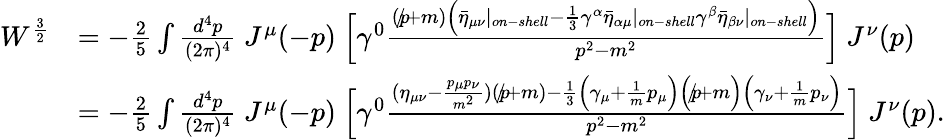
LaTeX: {\begin{array}{rl}{W^{\frac{3}{2}}}&{=-{\frac{2}{5}}\int{\frac{d^{4}p}{(2\pi)^{4}}}~J^{\mu}(-p)~{\Big[}\gamma^{0}{\frac{(p\! \! \! /+m){\Big(}{\bar{\eta}}_{\mu\nu}|_{on-shell}-{\frac{1}{3}}\gamma^{\alpha}{\bar{\eta}}_{\alpha\mu}|_{on-shell}\gamma^{\beta}{\bar{\eta}}_{\beta\nu}|_{on-shell}{\Big)}}{p^{2}-m^{2}}}{\Big]}~J^{\nu}(p)}\\ &{=-{\frac{2}{5}}\int{\frac{d^{4}p}{(2\pi)^{4}}}~J^{\mu}(-p)~{\Big[}\gamma^{0}{\frac{(\eta_{\mu\nu}-{\frac{p_{\mu}p_{\nu}}{m^{2}}})(p\! \! \! /+m)-{\frac{1}{3}}{\Big(}\gamma_{\mu}+{\frac{1}{m}}p_{\mu}{\Big)}{\Big(}p\! \! \! /+m{\Big)}{\Big(}\gamma_{\nu}+{\frac{1}{m}}p_{\nu}{\Big)}}{p^{2}-m^{2}}}{\Big]}~J^{\nu}(p).}\end{array}}